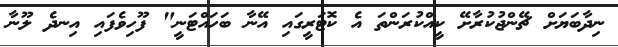
ނިދާބަޔަށް ޗޭންޖުކުރާށޭ ކީއްކުރަންތަ އެ ކޮޓަރީގައި އޭނާ ބަހައްޓަނީ" ފޫހިވެފައި އިނދެ ލޫނާ